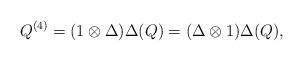
LaTeX: \begin{gather*}Q^{(4)}=(1\otimes \Delta)\Delta(Q)=(\Delta\otimes 1)\Delta(Q),\end{gather*}